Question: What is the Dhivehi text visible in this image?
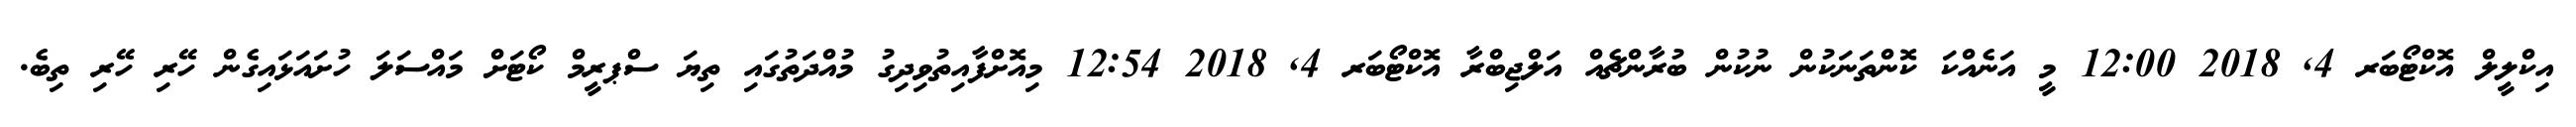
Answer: އިކްލީލް އޮކްޓޯބަރ 4, 2018 12:00 މީ އަނެއްކަ ކޮންތަނަކުން ނުކުން ބުރާންޗެއް އަލްޖިބްރާ އޮކްޓޯބަރ 4, 2018 12:54 މިއޮށްފާއިތުވިދިގު މުއްދަތުގައި ތިޔަ ސްޕރީމް ކޯޓަށް މައްސަލަ ހުށައަޅައިގެން ހޭރި ހޭރި ތިބެ.